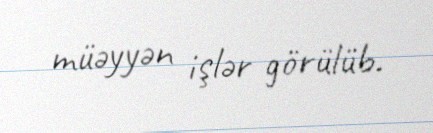
müəyyən işlər görülüb.